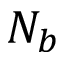
N _ { b }